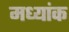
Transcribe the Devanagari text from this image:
मध्यांक